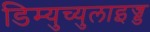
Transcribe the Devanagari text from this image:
डिम्युच्युलाइज्ड